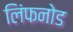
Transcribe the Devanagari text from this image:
लिंफनोड